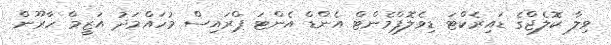
ވިލާ ކޮލެޖްގެ ޑައިރެކްޓަ ޑިވެލޮޕްމެންޓް އެންޑް އެންޓަ ޕްރައިސް މުހައްމަދު އަޒީމް ހާރޫން